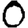
Digit: 0